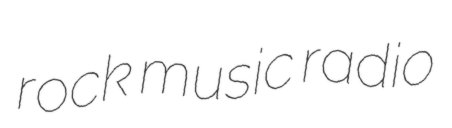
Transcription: rock music radio